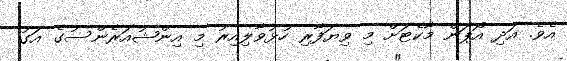
އެވެ. އަދި އޯޕަން މާކެޓަށް މި ވިޔަފާރި ހުޅުވާލިއިރު މި އިންޝުއަރެންސުގެ އަގު